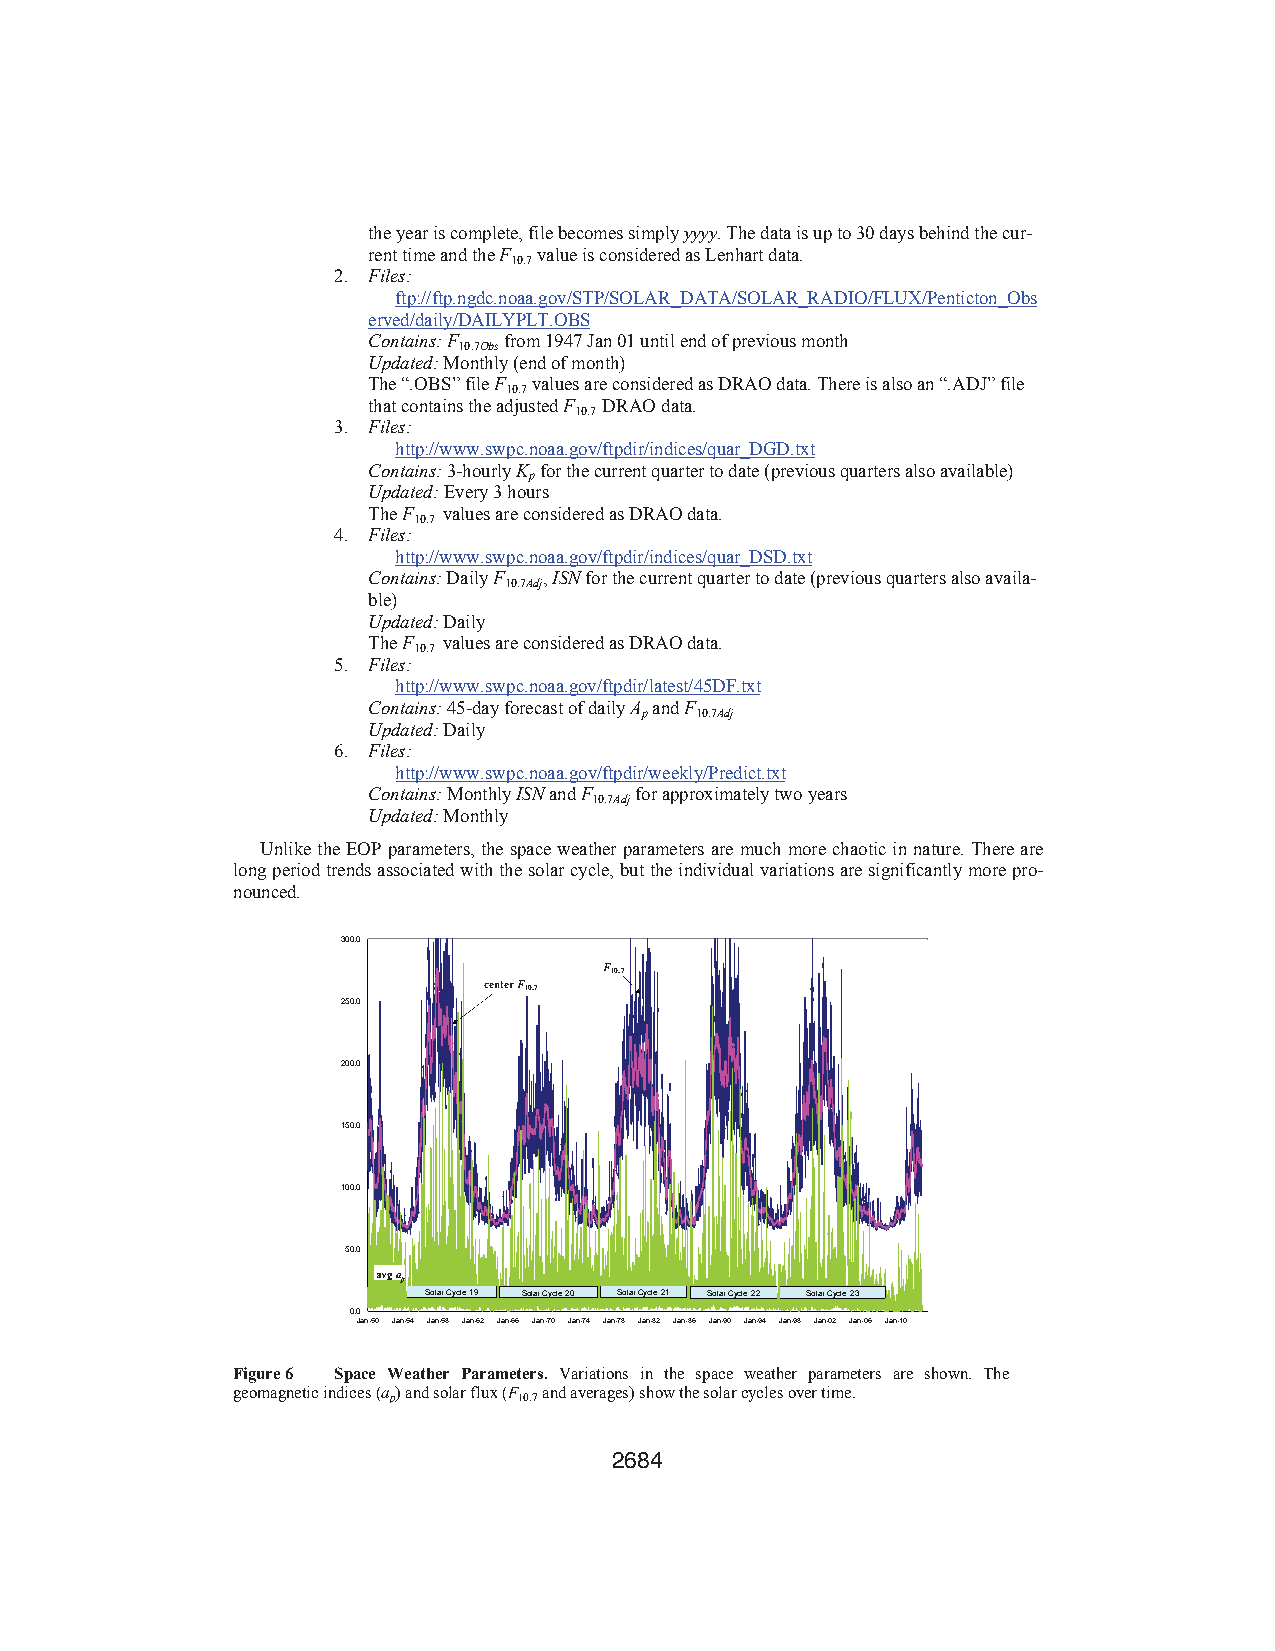
the year is complete, file becomes simply yyyy. The data is up to 30 days behind the cur-
 rent time and the F value is considered as Lenhart data.
 10.7
 2. Files:
 ftp://ftp.ngdc.noaa.gov/STP/SOLAR_DATA/SOLAR_RADIO/FLUX/Penticton_Obs
 erved/daily/DAILYPLT.OBS
 Contains:F from 1947 Jan 01 until end of previous month
 10.7Obs
 Updated: Monthly (end of month)
 The “.OBS” file F values are considered as DRAO data. There is also an “.ADJ” file
 10.7
 that contains the adjusted F DRAO data.
 10.7
 3. Files:
 http://www.swpc.noaa.gov/ftpdir/indices/quar_DGD.txt
 Contains: 3-hourly K for the current quarter to date (previous quarters also available)
 p
 Updated: Every 3 hours
 TheF values are considered as DRAO data.
 10.7
 4. Files:
 http://www.swpc.noaa.gov/ftpdir/indices/quar_DSD.txt
 Contains: Daily F ,ISN for the current quarter to date (previous quarters also availa-
 10.7Adj
 ble)
 Updated: Daily
 TheF values are considered as DRAO data.
 10.7
 5. Files:
 http://www.swpc.noaa.gov/ftpdir/latest/45DF.txt
 Contains: 45-day forecast of daily A and F
 p   10.7Adj
 Updated: Daily
 6. Files:
 http://www.swpc.noaa.gov/ftpdir/weekly/Predict.txt
 Contains: Monthly ISN and F for approximately two years
 10.7Adj
 Updated: Monthly
 Unlike the EOP parameters, the space weather parameters are much more chaotic in nature. There are
 long period trends associated with the solar cycle, but the individual variations are significantly more pro-
 nounced.
 300.0
 F10.7
 center F10.7
 250.0
 200.0
 150.0
 100.0
 50.0
 avgap
 Solar Cycle 19 Solar Cycle 20 Solar Cycle 21 Solar Cycle 22 Solar Cycle 23
 0.0
 Jan-50 Jan-54 Jan-58 Jan-62 Jan-66 Jan-70 Jan-74 Jan-78 Jan-82 Jan-86 Jan-90 Jan-94 Jan-98 Jan-02 Jan-06 Jan-10
 Figure 6 Space Weather Parameters. Variations in the space weather parameters are shown. The
 geomagnetic indices (a) and solar flux (F and averages) show the solar cycles over time.
 p       10.7
 2684